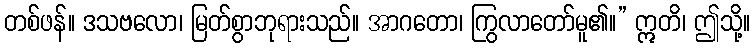
တစ်ဖန်။ ဒသဗလော၊ မြတ်စွာဘုရားသည်။ အာဂတော၊ ကြွလာတော်မူ၏။” ဣတိ၊ ဤသို့။